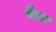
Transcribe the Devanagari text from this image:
फैंच